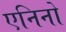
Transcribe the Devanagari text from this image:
एनिनो